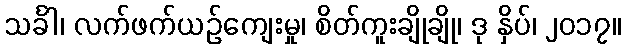
သင်္ခါ၊ လက်ဖက်ယဉ်ကျေးမှု၊ စိတ်ကူးချိုချို၊ ဒု နှိပ်၊ ၂၀၁၇။